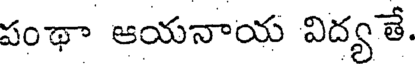
పంథా ఆయనాయ విద్యతే.